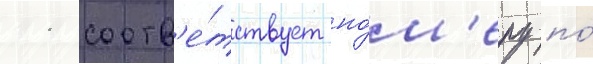
11 соотв'е́тствует но́м'еру по́